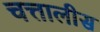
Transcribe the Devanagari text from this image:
चत्तालीस